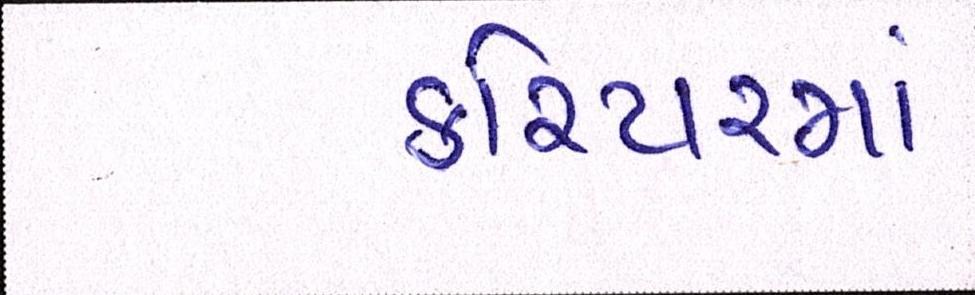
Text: કરિયરમાં